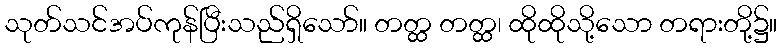
သုတ်သင်အပ်ကုန်ပြီးသည်ရှိသော်။ တတ္ထ တတ္ထ၊ ထိုထိုသို့သော တရားတို့၌။